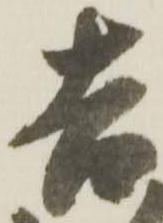
吉